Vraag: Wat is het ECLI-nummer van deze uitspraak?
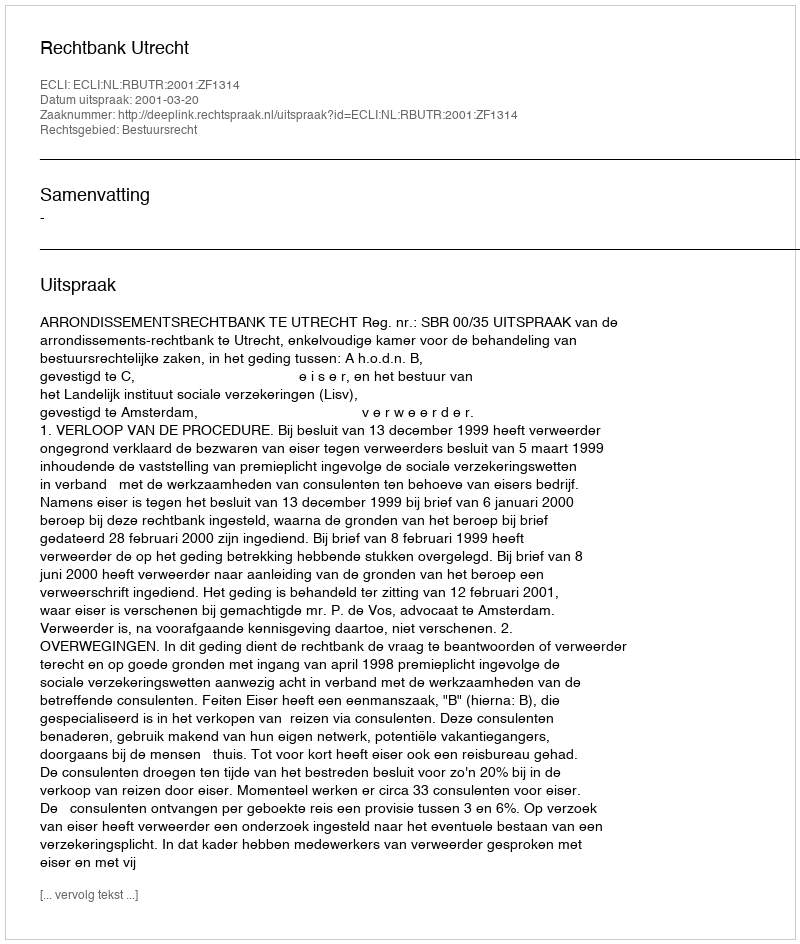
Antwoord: ECLI:NL:RBUTR:2001:ZF1314